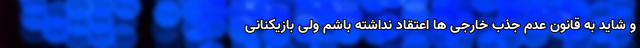
و شاید به قانون عدم جذب خارجی ها اعتقاد نداشته باشم ولی بازیکنانی